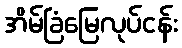
အိမ်ခြံမြေလုပ်ငန်း